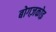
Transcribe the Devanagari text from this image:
बोगज़कोइ